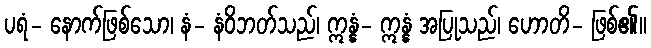
ပရံ- နောက်ဖြစ်သော၊ နံ- နံဝိဘတ်သည်၊ ဣန္နံ- ဣန္နံ အပြုသည်၊ ဟောတိ- ဖြစ်၏။